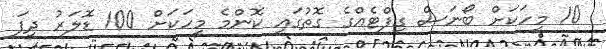
10 މީހަކަށް ބޯނަސް ގިފްޓެއްގެ ގޮތުގައި ކޮންމެ މީހަކަށް 100 ޑޮލަރު ދީފަ